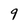
Character: 9